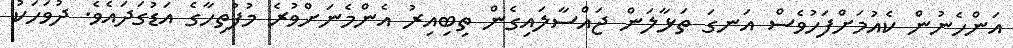
އަންހެނުން ކެއުމަށްފަހުވެސް އަނގަ ތަޅާލަން ޖައްސާލައިގެން ތިބިއިރު އެންމެނަށްވުރެ މުފުތިހާގެ އަޑުގަދައެވެ. ދުވަހަކު